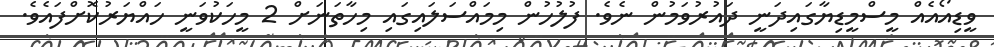
ވީޑިއޯއެއް މީސްމީޑިޔާގައިދަނީ ދައުރުވަމުން ނެވެ. ފުލުހުން މިމައްސަލައިގައި މިހާތަނަށް 2 މީހަކުވަނީ ހައްޔަރުކޮށްފައެވެ.